Medical and sanitary report of the native army of Bengal for the year
Year: 1875
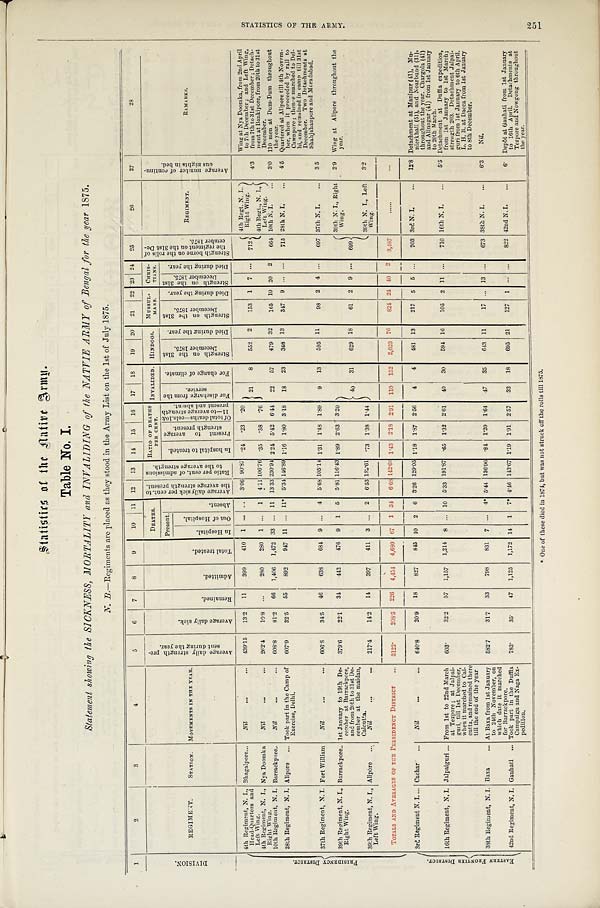
Table No. I.
Statement showing the SICKNESS, MORTALITY and INVALIDING of the NATVIE ARMY of Bengal for the year 1875.
N . B . — R e g i m e n t s a r e p l a c e d a s t h e y s t o o d i n t h e A r m y L i s t o n t h e 1 s t o f J u l y 1 8 7 5 .
1
2
3
4
5
6
7
8
9
10 11 12 13 14 15 16 17
1 8 19 20 21 22 23 24 25
26
27
28
D I V I S I O N .
REGIMENT.
STATION. MOVEMENTS IN THE YEAR.
A v e r a g e d a i l y s t r e n g t h p r e -
s e n t d u r i n g t h e y e a r .
A v e r a g e d a i l y s i c k .
R e m a i n e d . A d m i t t e d .
T o t a l t r e a t e d .
DEATHS.
A v e r a g e d a i l y s i c k p e r c e n t . t o
t h e a v e r a g e s t r e n g t h p r e s e n t . R a t i o p e r c e n t . o f a d m i s s i o n s
t o t h e a v e r a g es
t r e n g t h . RATIO OF DEATHS
PER CENT.
INVALIDED. DINDOOS. MUSSUL-
MANS.
CHRIS-
TIANS.
S t r e n g t h b o r n e o n t h e r o l l s o f
t h e r e g i m e n t o n t h e 3 1 s t D e -c
e m b e r 1 8 7 5 .
REGIMENT.
A v e r a g e n u m b e r o f c o n t i n u -
o u s n i g h t s i n b e d .
REMARKS.
Present.
A b s e n t .
I n h o s p i t a l t o t r e a t e d .
P r e s e n t t o a v e r a g e
s t r e n g t h p r e s e n t . O f t o t a l d e a t h s — c o l s . 1 0 &
1 1 — t o a v e r a g e s t r e n g t h
p r e s e n t a n d a b s e n t .
F o r d i s c h a r g e f r o m t h e
s e r v i c e .
F o r c h a n g e o f c l i m a t e . S t r e n g t h o n t h e 3 1 s t
D e c e m b e r 1 8 7 5 .
D i e d d u r i n g t h e y e a r .
S t r e n g t h o n t h e 3 1 s t
D e c e m b e r 1 8 7 5 .
D i e d d u r i n g t h e y e a r .
S t r e n g t h o n t h e 3 1 s t
D e c e m b e r 1 8 7 5 .
D i e d d u r i n g t h e y e a r .
I n H o s p i t a l .
O u t o f H o s p i t a l .
P R E S I D E N C Y D I S T R I C T . 4th Regiment, N. I.,
Head-Quarters and
Left Wing.
Bhagalpore . . . Nil
. . . ... 439.15 13.2 11
399
410 1 ...
. . . 3.06 90.87 . 24 . 23 .20
2 1
2 2
8
552 2
153 1 7 . . . 712
4th Regt. N. I.,
Right Wing.
4th Regt., N. I.
,
Left Wing.
4.3
Wing at Nya Doomka, from 2nd April
to 7th December; and Left Wing,
from 7th to 31st December; Detach-
ment at Bankipore, from 20th to 31st
December.
4th Regiment, N. I.,
Right Wing.
10th Regiment, N. I.
Nya Doomka
Barrackpore ..
Nil
Nil
...
...
...
...
262.4
608.8
10.8
81.2
. . .
66
280
1,406
280
1,472
1
33
. . .
...
1
11
4.11
13.33
106.76
230.94
.35
2.24
. 3 8
5.42
.76
6.44
57
479 32 165 10 20 2
664
10th N. I.
3.0
110 men at Dum-Dum throughout
the year.
28th Regiment, N. I. Alipore ... Took part in the Camp of
Exercise, Delhi.
607.9
32.5 55
892
947 11 ... 11* 5.34 146.89 1. 16 1.80 3.18 18 23
368 13
347 9 ... ...
715 28th N. I. ... 4.5
Q u a r t e r e d a t A l i p o r e t i l l 4 t h N o v e m -
ber, when it proceeded by rail to
Cawnpore; thence marched to Del-
hi, and remained in camp till 31st
December. Two Detachments at
Shahjahanpore and Moradabad.
37th Regiment, N. I. Fort William Nil
...
... 606.8
34.5 46
638 684 9 ... 4 5.68 105.14 1.31 1.48 1.89
9 13
595 11
98 2 4 ...
697 37th N. I. ... 3 5
39th Regiment, N. I.,
Right Wing.
Barrackpore .. 1st January to 19th De- c e m b e r a t B a r r a c k p o r e ,
and from 20th to 31st De-
c e m b e r a t t h e m a i d a n ,
Calcutta.
379.6
22.1 34
442
476 9 1 5 5.81 116.43 1.89 2.63 3.20
40 31
629 18
61 2 9 . . . 699
39th N. I., Right
Wing.
2.9 Wing at Alipore throughout the
year.
39th Regiment, N. I.,
Left Wing.
Alipore ...
Nil
. . .
. . . 217.4
14.2 14
397
411 3 ... 2 6.53 182.61 . 73 1.38 1.44
39th N. I., Left
Wing.
3.2
TOTALS AND AVERAGES OF THE PRESIDENCY DISTRICT
. . . 3122
208.5 226 4,454 4,680 67 1 34 6.68 142.66 1.43 2.18 2.91 110 132 2,623 76
824 24 40
2 3,487
. . . . . .
. . .
E A S T R R N F R O N T I E R D I S T R I C T .
3rd Regiment N. I. ... Cachar ... Nil
...
... 640.8
20.9 18
827
845 10 2 6 3.26 129.05 1.18 1.87 2.56 4 4
481 13
217 5 5 ...
703 3rd N. I. ...
12.8 Detachment at Manipur (41), Mu-
nierkhall (51), and Noarbund (31),
throughout the year. Chargola (41)
and Alinagar (41) from 1st January
to 20th March.
16th Regiment, N. I. Jalpaiguri ... From 1st to 22nd March
at Tezpore; at Jalpai-
guri, till 1st December,
when it marched to Cal-
cutta, and remained there
till the end of the year
603.
32.2 57 1,157 1,214 8 ... 10 5.33 191.87 . 65 1.32 2.61 40 30
594 16 105 2 11 ...
710 16th N. I. ...
5.5 Detachment at Duffla expedition,
from 1st January to 1st March;
strength 203. Detachment Jalpai-
guri from 1st January to 6th April.
L. H. B. at Dacca from 1st January
to 8th December.
38th Regiment, N. I. Baxa
... At Baxa from 1st January
to 24th November, on
which date it marched
for Barrackpore.
582.7
31.7 33
798
831
7 ... 4* 5.44 136.96 . 84 1. 20 1.64 47 35
643 11
17 ... 13 ...
673 38th N. I. ...
6.3 Nil.
42nd Regiment, N. I. Gauhati ... Took part in the Duffla
Campaign and Naga Ex-
pedition.
783.
35. 47 1,125 1,172 14 1 7* 4.46 143.67 1.19 1.91 2.57 32 18
695 21
127 1 ... ...
822 42nd N. I. ...
6. Depôt at Gauhati from 1st January
to 16th April. Detachments at
Tezpore and Nowgong throughout
the year.
* One of these died in 1874, but was not struck off the rolls till 1875.
S T A T I S T I C S O F T H E A R M Y .
251